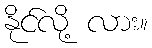
နိုင်လို့ လား။